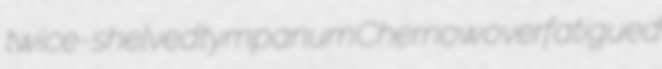
twice-shelved tympanum Chernow overfatigued